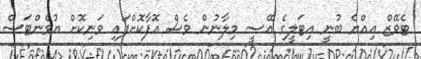
ޓެވޭޒް އިއްޔެ ބުނީ އިޓަލީގެ އޭސީ މިލާނުން ވެސް އޮފާކޮށްފައި ވަނިކޮށް ޔުވެންޓަސް